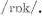
/rɒk/.